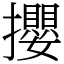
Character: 攖